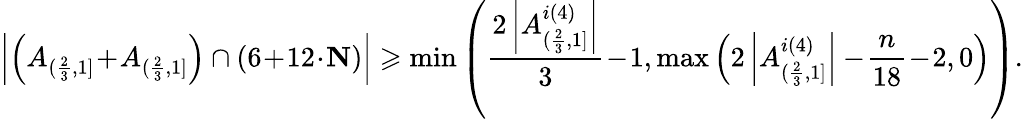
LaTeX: \left|\left(A_{(\frac{2}{3},1]}\! +\! A_{(\frac{2}{3},1]}\right)\cap(6\! +\! 12\! \cdot\! \mathbf{N})\right|\geqslant\operatorname*{min}\left(\frac{2\left|A_{(\frac{2}{3},1]}^{i(4)}\right|}{3}\! -\! 1,\operatorname*{max}\left(2\left|A_{(\frac{2}{3},1]}^{i(4)}\right|-\! \frac{n}{18}\! -\! 2,0\right)\right).